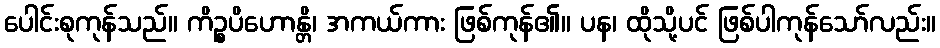
ပေါင်းစုကုန်သည်။ ကိဉ္စပိဟောန္တိ၊ အကယ်ကား ဖြစ်ကုန်၏။ ပန၊ ထိုသို့ပင် ဖြစ်ပါကုန်သော်လည်း။